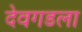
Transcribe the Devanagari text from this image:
देवगडला